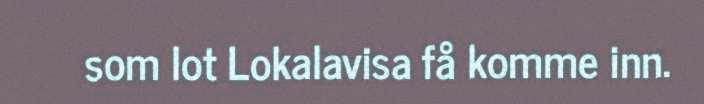
som lot Lokalavisa få komme inn.